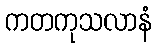
ကတကုသလာနံ